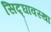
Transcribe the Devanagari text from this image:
सिद्घावस्था